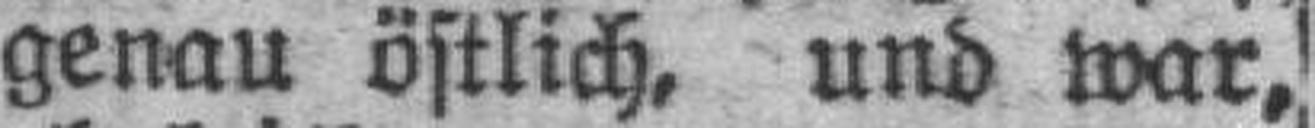
genau östlich, und war,